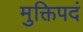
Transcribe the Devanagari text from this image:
मुक्तिपदं